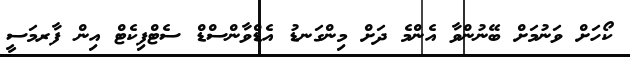
ކޯހަށް ވަނުމަށް ބޭނުންވާ އެންމެ ދަށް މިންގަނޑު އެޑްވާންސްޑް ސެޓްފިކެޓް އިން ފާރމަސީ